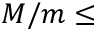
M / m \leq